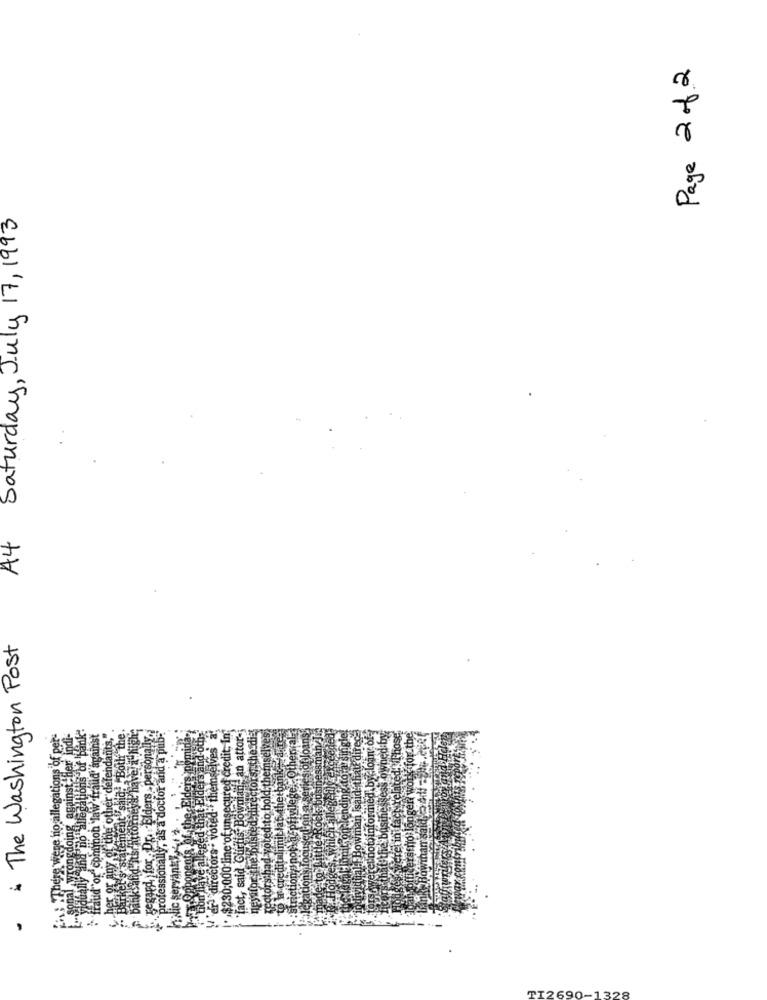
Page 2 of 2
Saturday, July 17, 1993
A4
The Washington Post
s of bank:
id' against
oth the.
regard, for . Dr. "Elders -personally.
rofessionally, as a doctor and a pub-
in attor-
ndants,".
ns of pet
directors - voted-thems
ge no alle
Bow
tion gnotha privil
"common la
$230;000 line of;
fact, said Guff
Bowl
neyafor the '6
There
potonsth
FT2690-1328